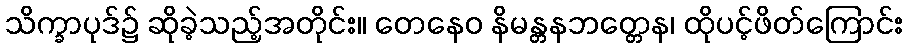
သိက္ခာပုဒ်၌ ဆိုခဲ့သည့်အတိုင်း။ တေနေဝ နိမန္တနဘတ္တေန၊ ထိုပင့်ဖိတ်ကြောင်း